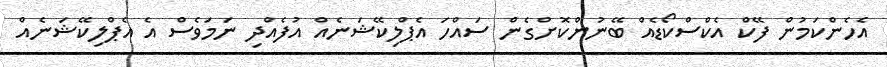
އެހެންކަމުން ފޭކް އެކްސްކޯޑެއް ބޭނުންކޮށްގެން ސައްހަ އެޕްލިކޭޝަނެއް އުފެއްދި ނަމަވެސް އެ އެޕްލިކޭޝަނެއް